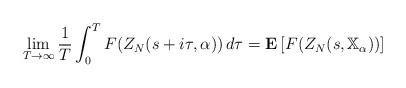
LaTeX: \begin{align*}\lim_{T \to\infty} \frac{1}{T} \int_{0}^{T} F(Z_N(s+i \tau, \alpha)) \,d \tau= \mathbf{E} \left[ F(Z_N(s, \mathbb{X}_\alpha)) \right]\end{align*}